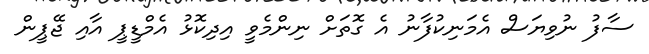
ސާފު ނުވިޔަސް އެމަނިކުފާނު އެ ގޮތަށް ނިންމެވީ އިދިކޮޅު އެމްޑީޕީ އާއި ޖޭޕީން